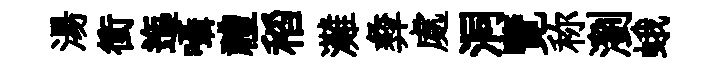
湯衝迤囁禮稻灘彜處洞覽称瀏蛾